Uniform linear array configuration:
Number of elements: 32
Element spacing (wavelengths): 1
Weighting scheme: uniform
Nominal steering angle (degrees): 30
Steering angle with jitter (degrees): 31.686
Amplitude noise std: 0.05
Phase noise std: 0.05

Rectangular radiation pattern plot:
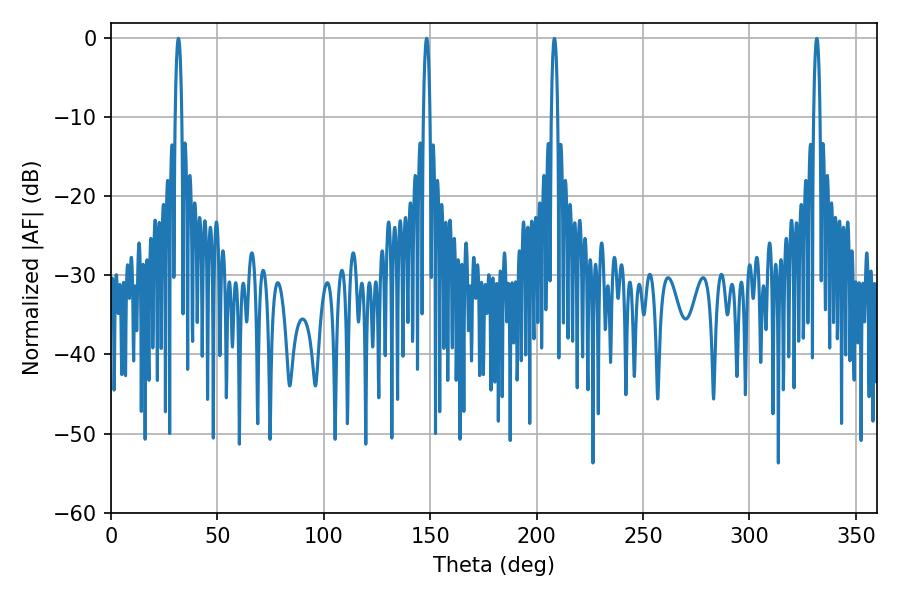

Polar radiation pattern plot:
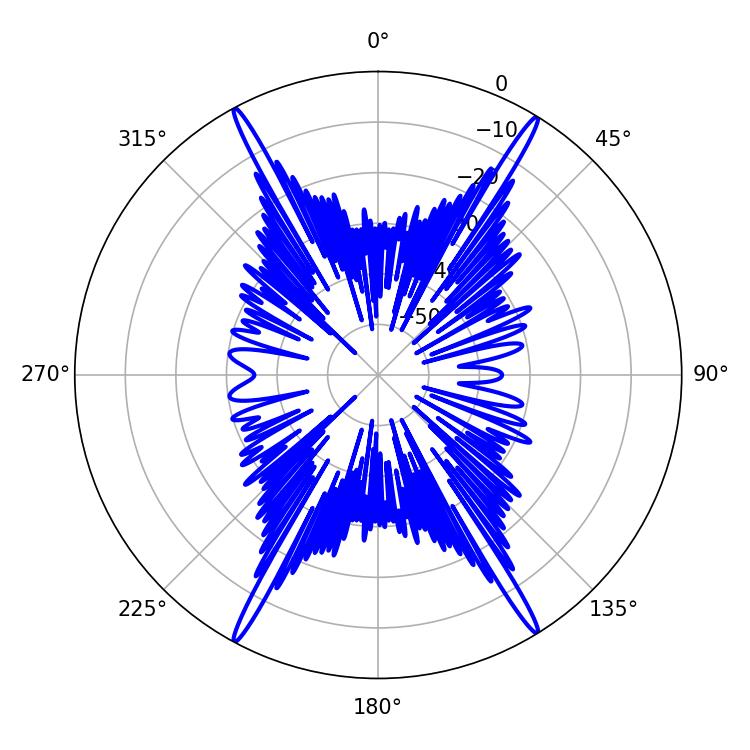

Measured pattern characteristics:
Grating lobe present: TRUE
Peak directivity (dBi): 26.206
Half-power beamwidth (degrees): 1.8
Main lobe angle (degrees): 148.32